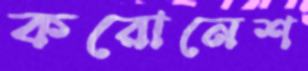
করোনেশ